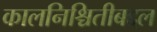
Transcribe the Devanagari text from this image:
कालनिश्चितीबद्दल